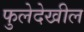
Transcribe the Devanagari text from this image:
फुलेदेखील